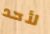
لأحد